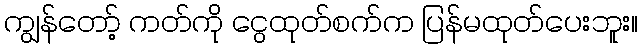
ကျွန်တော့် ကတ်ကို ငွေထုတ်စက်က ပြန်မထုတ်ပေးဘူး။